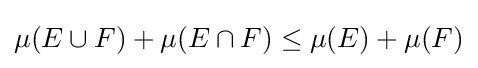
\mu (E\cup F)+\mu (E\cap F)\leq \mu (E)+\mu (F)